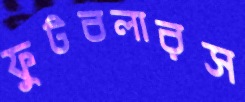
ফুটবলারস